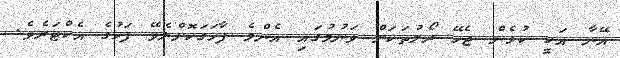
އޭނާ އަކީ ކުޅެން ޖެހޭ ރޯލުތަކަށް ވަނުމުގައި އެންމެ ފާހަގަކޮށްލެވޭ ފަހުގެ އެކްޓަރެވެ.